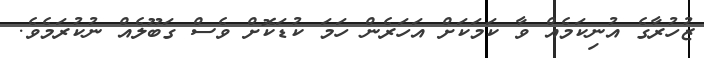
ޒުހުރާގެ އުނިކަމެއް ވާ ކަމަކަށް އަހަރެން ހަމަ ކުޑަކޮށް ވެސް ގަބޫލެއް ނުކުރަމެވެ.